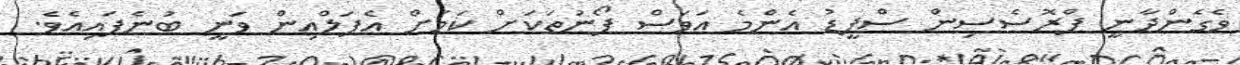
ވެގެންދާނީ ޕްރޮސެސިން ސްޕީޑު އެންމެ އަވަސް ފޯނުތަކަށް ކަމަށް އެޕަލްއިން ވަނީ ބުނެފައިއެވެ.